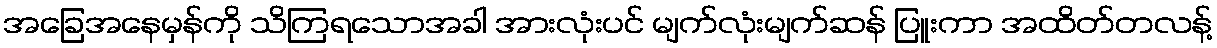
အခြေအနေမှန်ကို သိကြရသောအခါ အားလုံးပင် မျက်လုံးမျက်ဆန် ပြူးကာ အထိတ်တလန့်